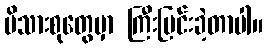
မိသားစုတွေမှာ ကြီးပြင်းခဲ့တာပါ။